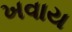
ખવાય